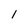
Character: l